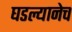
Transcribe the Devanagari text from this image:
घडल्यानेच